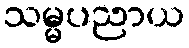
သမ္မပညာယ